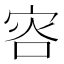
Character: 𡨐